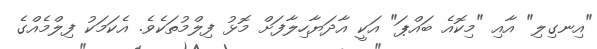
"އިނގިލި" އާއި "މިކޮއެ ބައްޕަ" އަކީ އާދަޔާހިލާފަށް މޮޅު ފިލްމުތަކެވެ. އެކަމަކު ފިލްމެއްގެ